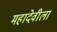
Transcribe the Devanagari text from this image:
महादेवीला